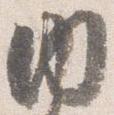
内